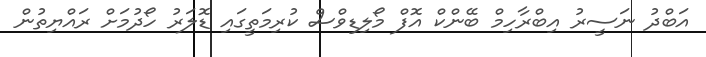
އަބްދު ނަސީރު އިބްރާހިމް ބޭންކް އޮފް މޯލިޑިވްސް ކުރިމަތީގައި ޑޮލަރު ހޯދުމަށް ރައްޔިތުން